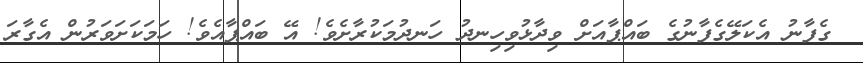
ގެފާނު އެކަލޭގެފާނުގެ ބައްޕާއަށް ވިދާޅުވިހިނދު ހަނދުމަކުރާށެވެ! އޭ ބައްޕާއެވެ! ހަމަކަށަވަރުން އެގާރަ